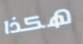
هكذا